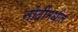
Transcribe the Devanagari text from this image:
नोंदींमधील